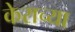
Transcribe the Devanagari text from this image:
केराच्या